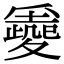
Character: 𡕼